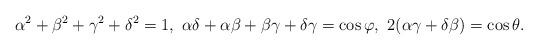
LaTeX: \begin{align*} \alpha^{2}+\beta^{2}+\gamma^{2}+\delta^{2}=1,\ \alpha\delta+\alpha\beta+\beta\gamma+\delta\gamma=\cos\varphi, \ 2(\alpha\gamma+\delta\beta)=\cos\theta.\end{align*}